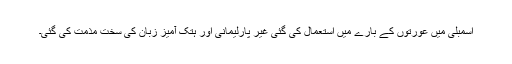
اسمبلی میں عورتوں کے بارے میں استعمال کی گئی غیر پارلیمانی اور ہتک آمیز زبان کی سخت مذمت کی گئی۔